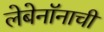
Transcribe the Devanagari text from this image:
लेबेनॉनाची